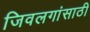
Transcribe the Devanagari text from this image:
जिवलगांसाठी